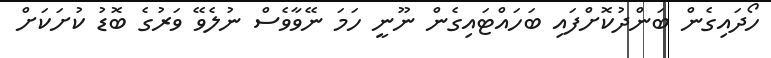
ހޯދައިގެން ބަންދުކޮށްފައި ބަހައްޓައިގެން ނޫނީ ހަމަ ނޭވާވެސް ނުލެވޭ ވަރުގެ ބޮޑު ކުށަކަށް